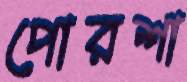
পোরশা